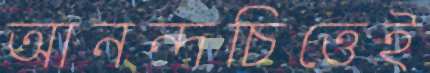
আনন্দচিত্তেই